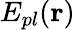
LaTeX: E_{pl}(\mathbf{r})